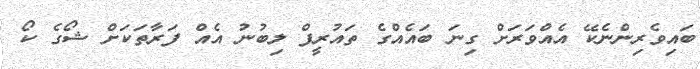
ބައިވެރިންނެކޭ އެއްވަރަށް ގިނަ ބައެއްގެ ތައުރީފް ލިބުނު އެއް ފަރާތަކަށް ޝޯގެ ކޯ